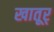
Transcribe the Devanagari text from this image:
खातूर्